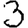
Digit: 3